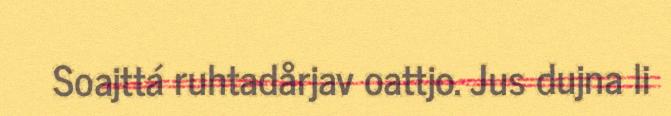
Soajttá ruhtadårjav oattjo. Jus dujna li